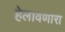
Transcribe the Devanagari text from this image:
हेलावणारा